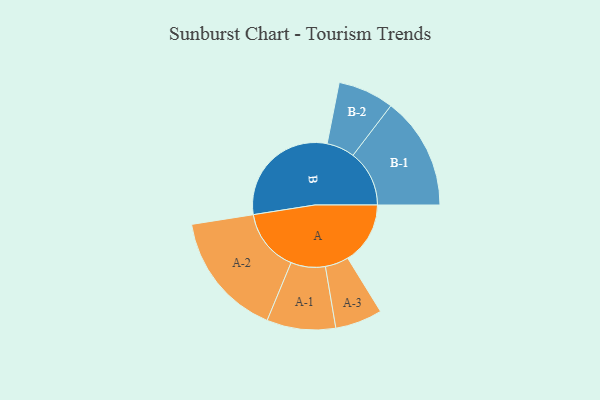
{"axis": {"x": "Segment", "y": "Value"}, "legend": ["", "A", "B"], "data": [{"x": "A", "y": 265, "type": ""}, {"x": "B", "y": 500, "type": ""}, {"x": "A-1", "y": 146, "type": "A"}, {"x": "A-2", "y": 266, "type": "A"}, {"x": "A-3", "y": 100, "type": "A"}, {"x": "B-1", "y": 239, "type": "B"}, {"x": "B-2", "y": 119, "type": "B"}]}